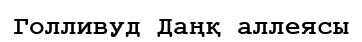
Голливуд Даңқ аллеясы